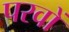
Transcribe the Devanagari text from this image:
परवों